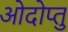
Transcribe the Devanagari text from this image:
ओदोप्तु